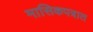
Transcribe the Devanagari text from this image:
मासिकपत्रात